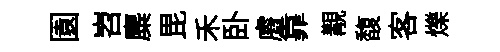
園岧麋毘禾卧𥈠靠覯馥客爍